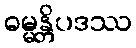
ဓမ္မန္တိပဒဿ